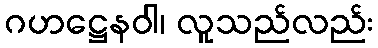
ဂဟဋ္ဌေနဝါ၊ လူသည်လည်း